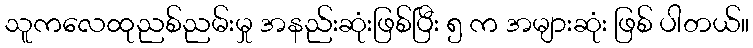
သူကလေထုညစ်ညမ်းမှု အနည်းဆုံးဖြစ်ပြီး ၅ က အများဆုံး ဖြစ် ပါတယ်။